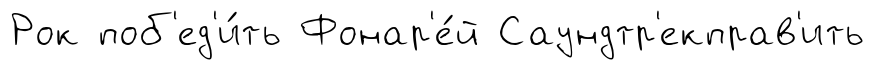
Рок поб'ед'и́ть Фонар'е́й Саундтр'екправ'ить